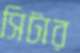
সিটার